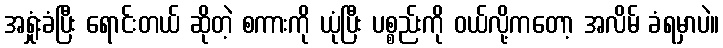
အရှုံးခံပြီး ရောင်းတယ် ဆိုတဲ့ စကားကို ယုံပြီး ပစ္စည်းကို ဝယ်လို့ကတော့ အလိမ် ခံရမှာပဲ။